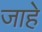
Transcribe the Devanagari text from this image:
जाहे